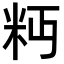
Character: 𥸴